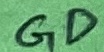
Text: GD